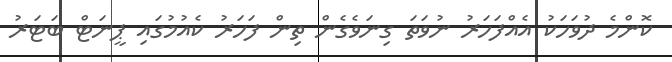
ކޮންމެ ދުވަހަކު އެއްފަހަރު ނުވަތަ ގިނަވެގެން ތިން ފަހަރު ކެއުމުގައި ޕީނަޓް ބަޓަރު